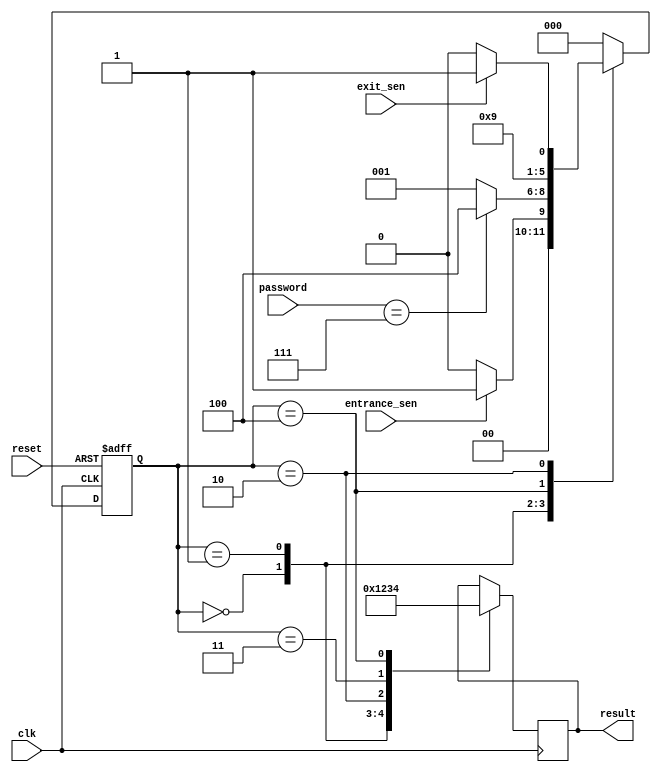
                                                                                                                                                                                                                                                                                                                                                                                                                                                                                                                                                                                                                                                                                                                                                                                                                                                                                                                                                                                                                                                                                                                                                                                                                                                                                                                                                                                                                                                                                                                                                                                                                                                                                                                                                                                                                                                                                                                                                                                                                                                                                                                                                                                                                                                                                                                                                                                                                 module Car_Parking(clk,reset,entrance_sen,exit_sen,password,result);
input clk,reset,entrance_sen,exit_sen;
input[2:0] password;
output [3:0]result;
reg[3:0] result;
parameter idle=3'b000,check_password=3'b001,gate=3'b010,stop=3'b011,correct_password=3'b100,wrong_password=3'b101;
reg[2:0]current_state,next_state;


//NEXT STATE
always@(posedge clk or posedge reset)
begin
if(reset)
current_state=idle;
else
current_state=next_state;
end

//CHANGE STATE
always@(*)
begin
case(current_state)
idle:begin
     if(entrance_sen==1)
	  next_state=check_password;
	  else
	  next_state=idle;
	  end
check_password:begin
               if(password==3'b111)
					next_state=correct_password;
					else
					next_state=check_password;
					end
correct_password:begin
                 next_state=gate;
					  end
gate:begin
     if(exit_sen==1)
	  next_state=stop;
	  else if(exit_sen==0)
	  next_state=gate;
	  else 
	  next_state=idle;
	  end
stop:begin
     next_state=idle;
	  end
default:next_state=idle;
endcase
end

//OUTPUT
always@(posedge clk)
begin
case(current_state)
idle:begin
   result=4'b0000;
	end
check_password:begin
               result=4'b0001;
					end
gate:begin
     result=4'b0010;
	  end
stop:begin
     result=4'b0011;
	  end
correct_password:begin
                 result=4'b0100;
					  end

endcase
end
endmodule